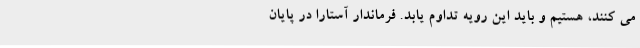
می کنند، هستیم و باید این رویه تداوم یابد. فرماندار آستارا در پایان